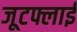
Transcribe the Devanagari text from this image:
जूटफ्लाई